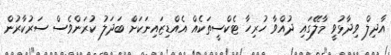
އާދިލް ވިދާޅުވީ މާލޭގައި ދުއްވާ ހުރިހާ ޓެކްސީތަކެއް އެއްޑިޒައިނަކަށް ބަދަލު ކުރަންވެސް ސަރުކާރުން